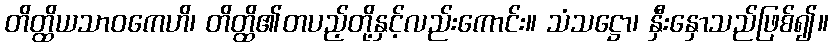
တိတ္ထိယသာဝကေဟိ၊ တိတ္ထိ၏တပည့်တို့နှင့်လည်းကောင်း။ သံသဋ္ဌော၊ နှီးနှောသည်ဖြစ်၍။